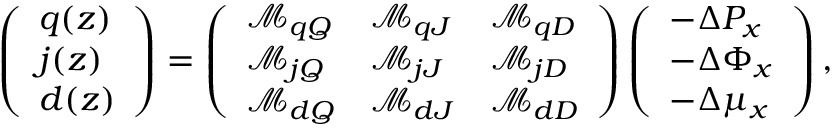
\begin{array} { r } { \left( \begin{array} { l } { q ( z ) } \\ { j ( z ) } \\ { d ( z ) } \end{array} \right) = \left( \begin{array} { l l l } { \mathcal { M } _ { q Q } } & { \mathcal { M } _ { q J } } & { \mathcal { M } _ { q D } } \\ { \mathcal { M } _ { j Q } } & { \mathcal { M } _ { j J } } & { \mathcal { M } _ { j D } } \\ { \mathcal { M } _ { d Q } } & { \mathcal { M } _ { d J } } & { \mathcal { M } _ { d D } } \end{array} \right) \left( \begin{array} { l } { - \Delta P _ { x } } \\ { - \Delta \Phi _ { x } } \\ { - \Delta \mu _ { x } } \end{array} \right) , } \end{array}